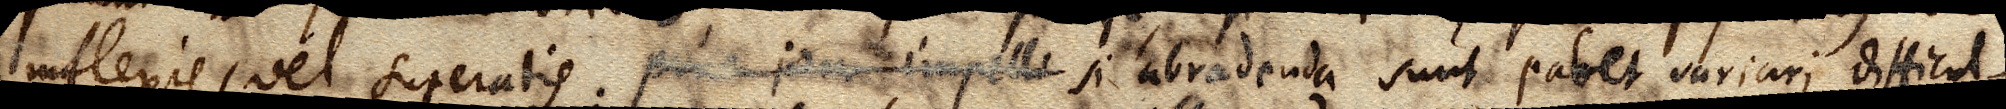
inflexis, vel superatis. Pone jam impelli si abradenda sunt patet variari difficul–